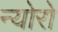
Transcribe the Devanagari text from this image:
न्योरो